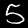
Label: 5